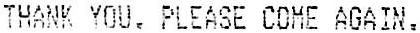
THANK YOU. PLEASE COME AGAIN.